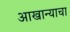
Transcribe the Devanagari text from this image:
आखान्याचा